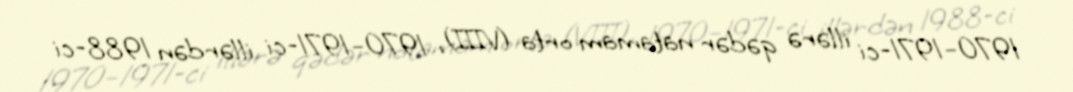
1970–1971-ci illərə qədər natamam orta (VIII), 1970–1971-ci illərdən 1988-ci